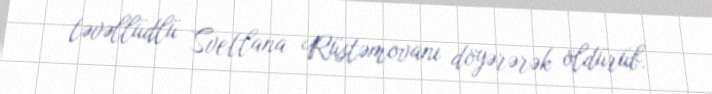
təvəllüdlü Svetlana Rüstəmovanı döyərərək öldürüb.